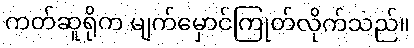
ကတ်ဆူရိုက မျက်မှောင်ကြုတ်လိုက်သည်။